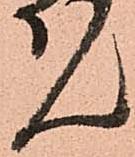
ん